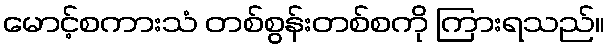
မောင့်စကားသံ တစ်စွန်းတစ်စကို ကြားရသည်။